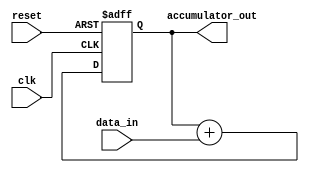
module cascaded_accumulator (
    input wire clk, // Clock signal
    input wire reset, // Reset signal
    input wire [7:0] data_in, // Input data
    output wire [15:0] accumulator_out // Output accumulator value
);

reg [15:0] accumulator;

always @(posedge clk or posedge reset) begin
    if (reset) begin
        accumulator <= 16'd0;
    end else begin
        accumulator <= accumulator + data_in;
    end
end

assign accumulator_out = accumulator;

endmodule